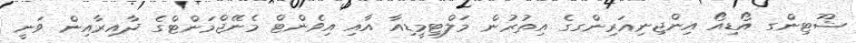
ޝޫޓިންގ އޯޑިއޯ އިންޖިނިއަރިންގގެ އިތުރުން މަލްޓިމީޑިއާ އާއި އިވެންޓް މެނޭޖްމަންޓްގެ ދާއިރާއިން ވަނީ